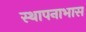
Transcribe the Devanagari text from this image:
स्थापनाभास